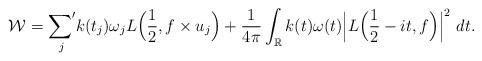
LaTeX: \begin{align*}\mathcal{W} ={\mathop{\sum\nolimits'}\limits_{j}}k(t_j) \omega_j L\Big(\frac{1}{2}, f\times u_j\Big)+ \frac{1}{4\pi}\int_\mathbb{R} k(t) \omega(t)\Big| L\Big(\frac{1}{2} - it, f\Big) \Big|^2 ~dt.\end{align*}